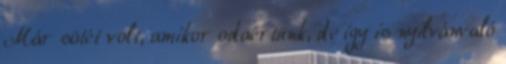
Már sötét volt, amikor odaértünk, de így is nyilvánvaló